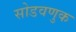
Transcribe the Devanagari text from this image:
सोडवणुक